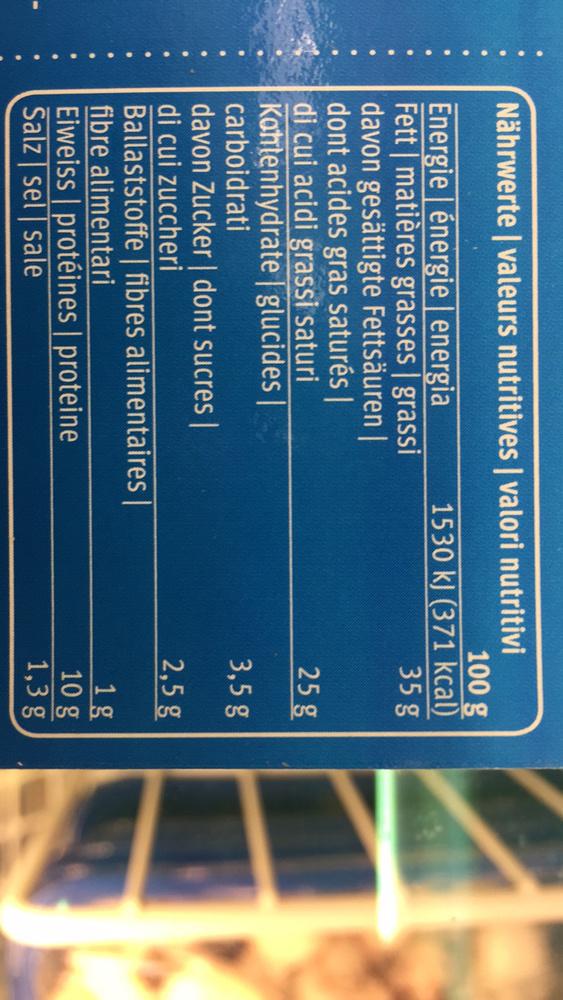
Nährwerte | valeurs nutritives | valori nutritivi
Energie énergie | energia Fett | matières grasses | grassi davon gesättigte Fettsäuren | dont acides gras saturés | di cui acidi grassi saturi Kohlenhydrate | glucides | carboidrati
100 g
1530 kJ (371 kcal)
35 g
davon Zucker| dont sucres | di cui zuccheri
Ballaststoffe | fibres alimentaires |
fibre alimentari
Eiweiss | protéines | proteine Salz sel sale
25 g
3,5 g
2,5 g
1 g
10 g
1,3 g